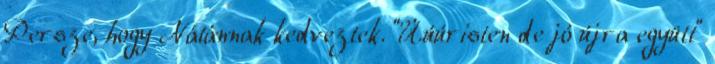
Persze, hogy Nátánnak kedveztek. "Úúúristen de jó újra együtt"